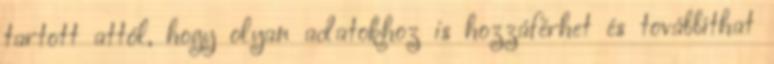
tartott attól, hogy olyan adatokhoz is hozzáférhet és továbbíthat